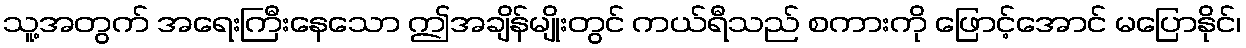
သူ့အတွက် အရေးကြီးနေသော ဤအချိန်မျိုးတွင် ကယ်ရီသည် စကားကို ဖြောင့်အောင် မပြောနိုင်၊